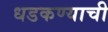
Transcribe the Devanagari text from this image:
धडकण्याची